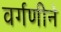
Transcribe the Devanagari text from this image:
वर्गणीने